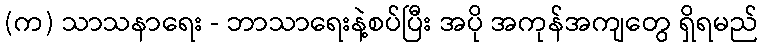
(က) သာသနာရေး - ဘာသာရေးနဲ့စပ်ပြီး အပို အကုန်အကျတွေ ရှိရမည်